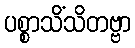
ပစ္စာသိံသိတဗ္ဗာ